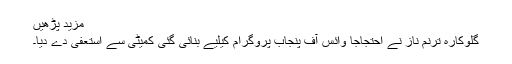
مزید پڑھیں
گلوکارہ ترنم ناز نے احتجاجاً وائس آف پنجاب پروگرام کیلیے بنائی گئی کمیٹی سے استعفیٰ دے دیا۔